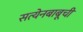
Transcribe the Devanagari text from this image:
सत्येनबाबूची